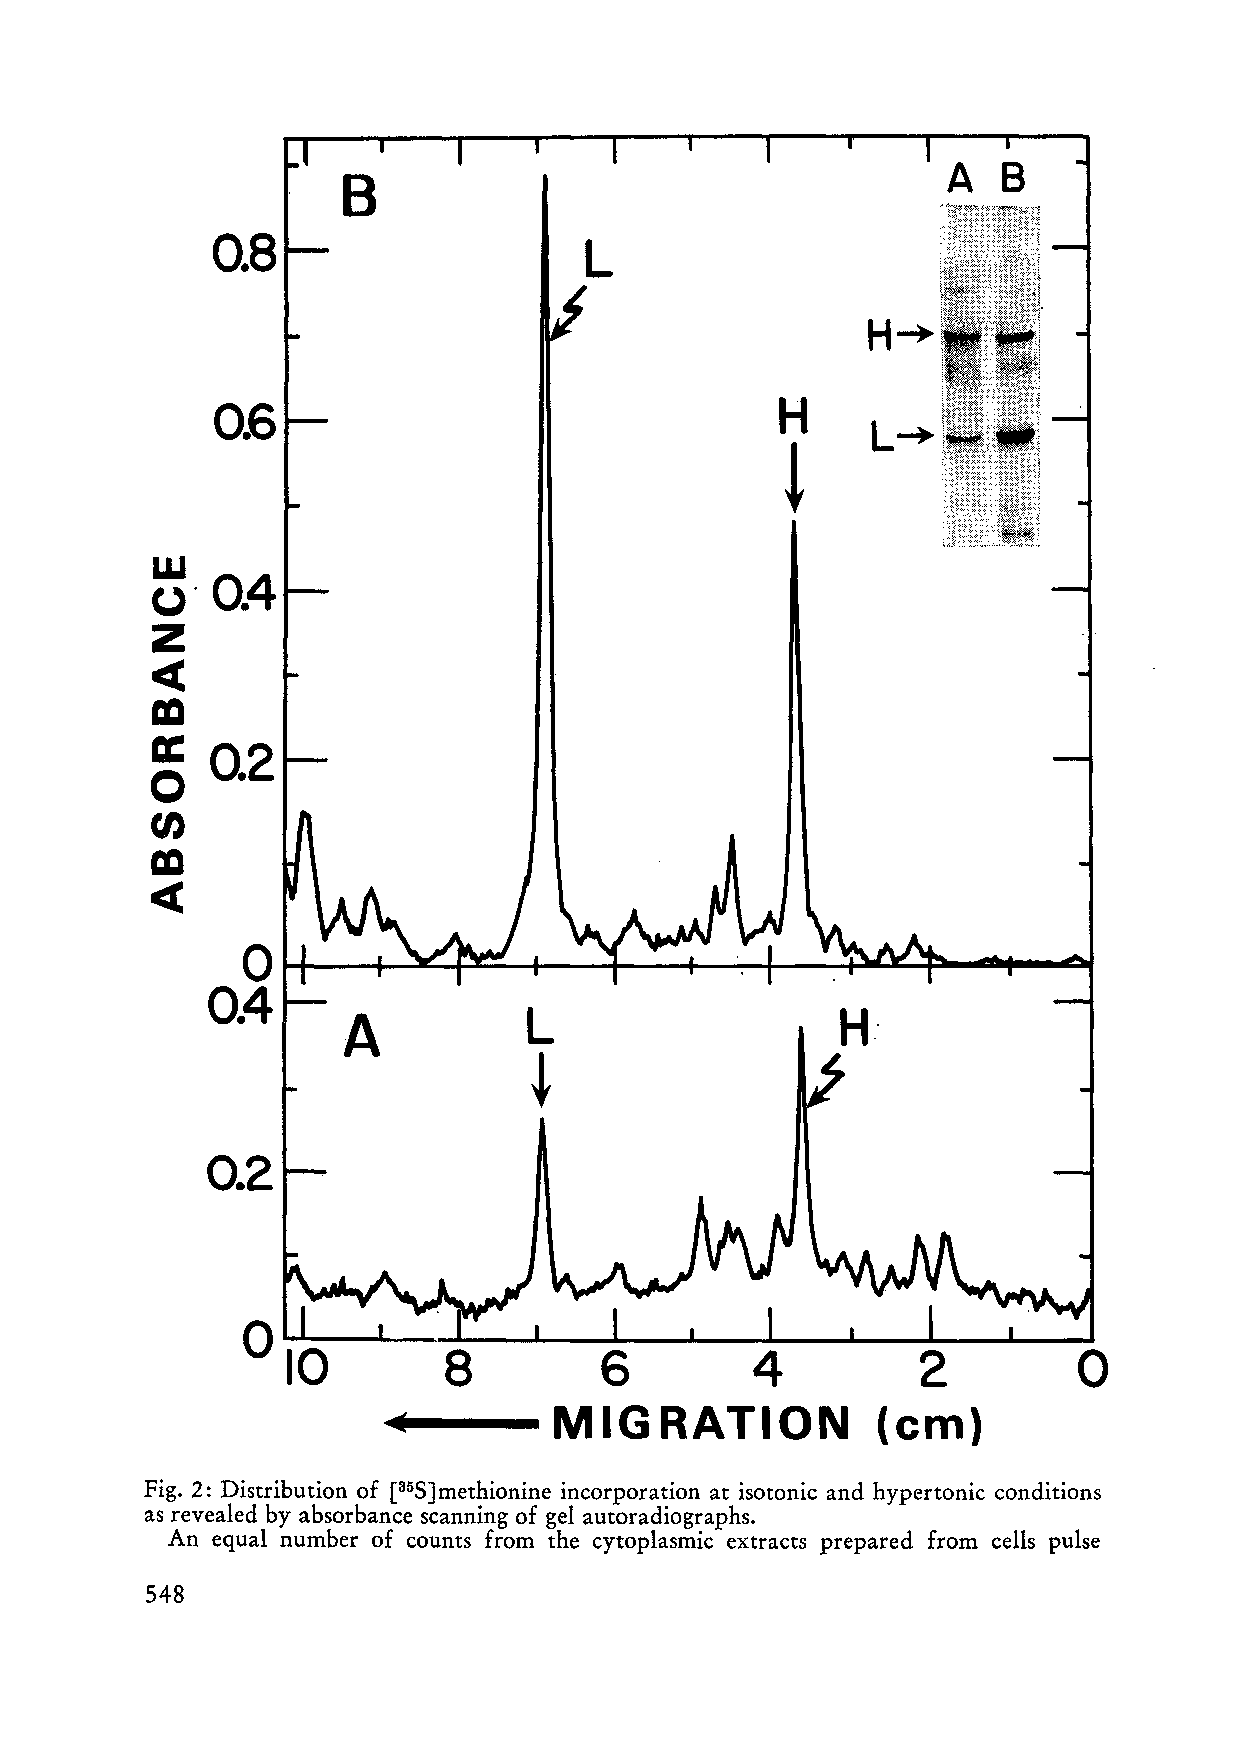
0.8
 L
 H~
 H
 0.6
 L~
 l
 w
 0.4
 U'
 z
 c(
 m
 ~   Q2
 tn
 m
 <C
 0
 0.4
 A           L                    H:
 t
 0.2
 o
 8         6         4          2
 .:        MIGRATION            (em)
 Fig. 2: Distribution of [35S] methionine ineorporation at isotonie and hypertonie eonditions
 as revealed by absorbanee seanning of gel autoradiographs.
 An equal number of eounts from the eytoplasmie extraets prepared from eells pulse
 548